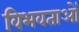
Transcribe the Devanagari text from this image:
विभवताओं